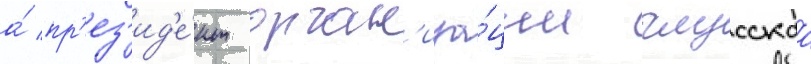
а́ пр'ез'ид'е́нт орган'иза́ции глусскаа